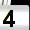
Digit: 4